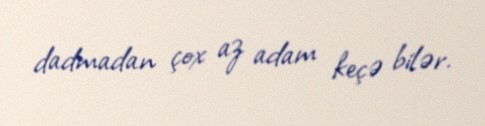
dadmadan çox az adam keçə bilər.